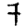
Digit: 7